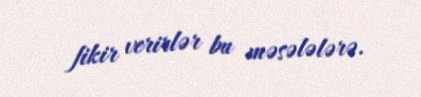
fikir verirlər bu məsələlərə.